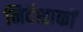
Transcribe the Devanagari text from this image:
निर्देशाकों